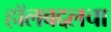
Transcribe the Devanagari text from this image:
हॉलबद्दलचा